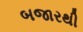
બજારથી